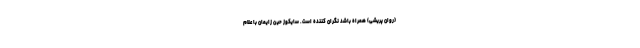
(روان پریشی) همراه باشد نگران کننده است. سایکوز حین زایمان با علام